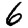
Digit: 6